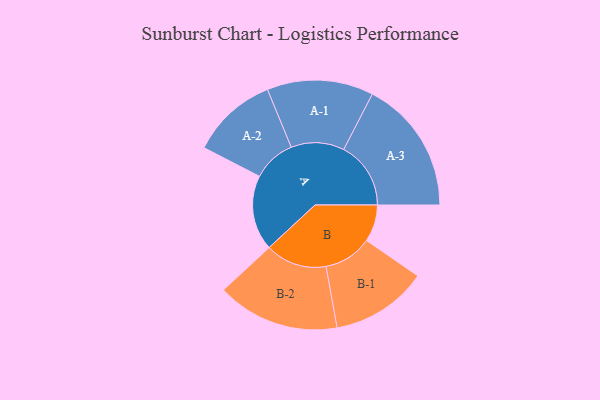
{"axis": {"x": "Segment", "y": "Value"}, "legend": ["", "A", "B"], "data": [{"x": "A", "y": 329, "type": ""}, {"x": "B", "y": 162, "type": ""}, {"x": "A-1", "y": 233, "type": "A"}, {"x": "A-2", "y": 189, "type": "A"}, {"x": "A-3", "y": 294, "type": "A"}, {"x": "B-1", "y": 212, "type": "B"}, {"x": "B-2", "y": 269, "type": "B"}]}